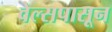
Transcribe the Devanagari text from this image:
वेल्सपासून